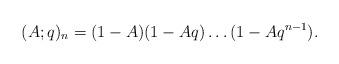
LaTeX: \begin{align*}(A;q)_n = (1-A)(1-Aq)\dots (1-Aq^{n-1}).\end{align*}